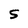
Character: S